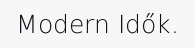
Modern Idők.